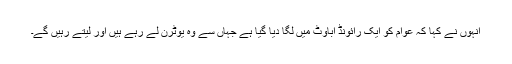
انہوں نے کہا کہ عوام کو ایک رائونڈ اباؤٹ میں لگا دیا گیا ہے جہاں سے وہ یوٹرن لے رہے ہیں اور لیتے رہیں گے۔